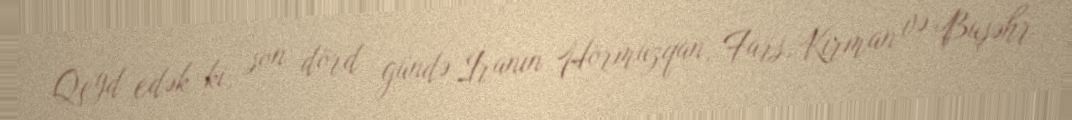
Qeyd edək ki, son dörd gündə İranın Hörmüzqan, Fars, Kirman və Buşəhr